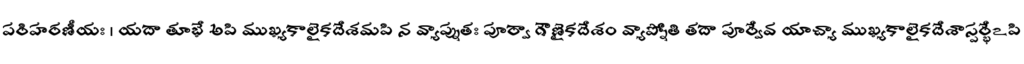
పరిహరణీయః । యదా తూభే అపి ముఖ్యకాలైకదేశమపి న వ్యాప్నుతః పూర్వా గౌణైకదేశం వ్యాప్నోతి తదా పూర్వేవ యాచ్యా ముఖ్యకాలైకదేశాస్పర్భేఽపి